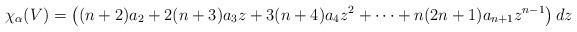
LaTeX: \begin{align*}\chi_{\alpha}(V) = \left((n+2)a_2 + 2(n+3)a_3z + 3(n+4)a_4z^2 + \cdots + n(2n+1)a_{n+1}z^{n-1}\right)dz\end{align*}